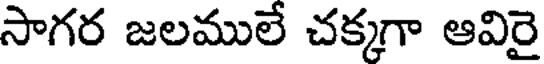
సాగర జలములే చక్కగా ఆవిరై